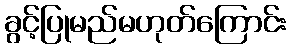
ခွင့်ပြုမည်မဟုတ်ကြောင်း